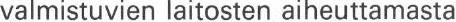
valmistuvien laitosten aiheuttamasta